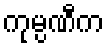
ကုမ္ပဏီက